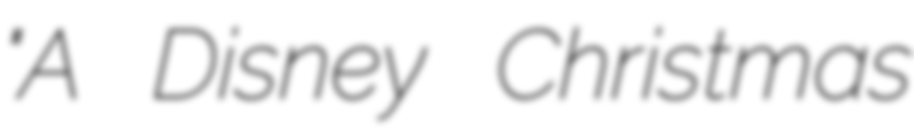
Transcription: "A Disney Christmas